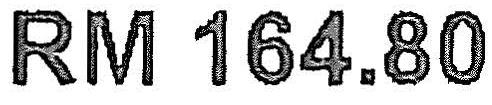
RM 164.80